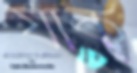
যাক্